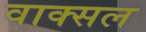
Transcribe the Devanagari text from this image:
वाक्‍सल